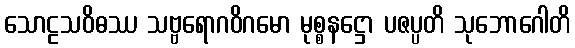
သောဠသဝိဓဿ သဗ္ဗရောဂဝိဂမော မုစ္စနဋ္ဌော ပဇပ္ပတိ သုဘောဂေါတိ